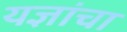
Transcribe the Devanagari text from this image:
यज्ञांचा